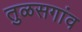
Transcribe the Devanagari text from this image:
तुळसगांव